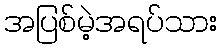
အပြစ်မဲ့အရပ်သား